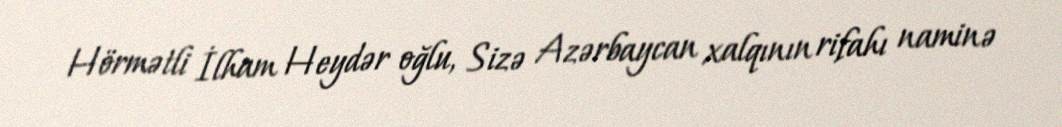
Hörmətli İlham Heydər oğlu, Sizə Azərbaycan xalqının rifahı naminə